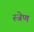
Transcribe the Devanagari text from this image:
स्त्रेण